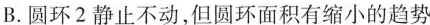
B.圆环2静止不动，但圆环面积有缩小的趋势